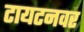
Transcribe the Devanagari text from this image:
टायटनवर